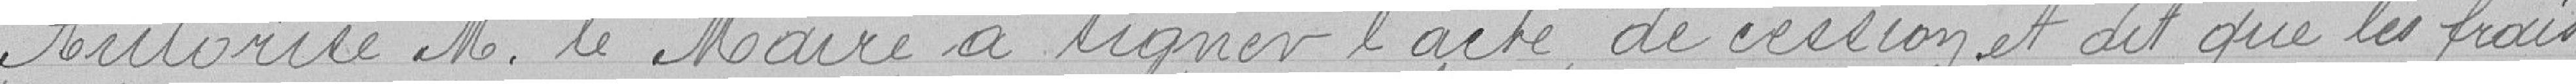
Autorise M. le Maire à signer l'acte de cession et dit que les frais